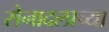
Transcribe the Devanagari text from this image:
सेनादलाच्या